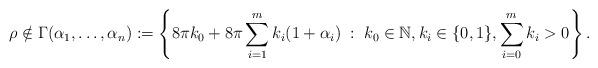
LaTeX: \begin{align*}\rho\notin \Gamma(\alpha_1,\ldots,\alpha_n):=\left\{ 8\pi k_0 + 8\pi \sum_{i=1}^m k_i (1+\alpha_i)\;:\; k_0\in \mathbb{N}, k_i \in \{0,1\},\sum_{i=0}^m k_i>0\right\}.\end{align*}